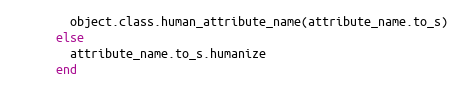
Language: Ruby
        object.class.human_attribute_name(attribute_name.to_s)
      else
        attribute_name.to_s.humanize
      end